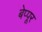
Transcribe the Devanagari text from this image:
बेप्पूर